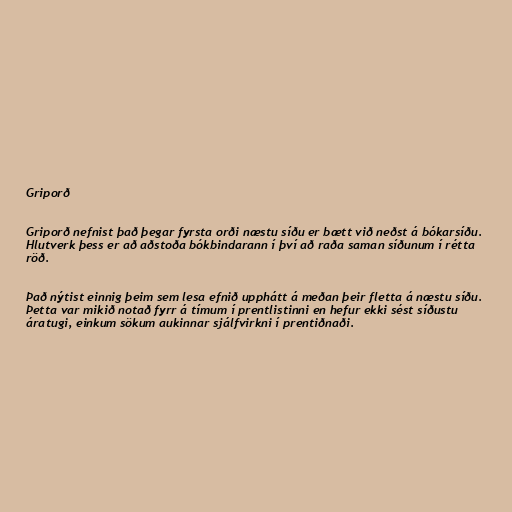
Griporð

Griporð nefnist það þegar fyrsta orði næstu síðu er bætt við neðst á bókarsíðu.
Hlutverk þess er að aðstoða bókbindarann í því að raða saman síðunum í rétta
röð.

Það nýtist einnig þeim sem lesa efnið upphátt á meðan þeir fletta á næstu síðu.
Þetta var mikið notað fyrr á tímum í prentlistinni en hefur ekki sést síðustu
áratugi, einkum sökum aukinnar sjálfvirkni í prentiðnaði.